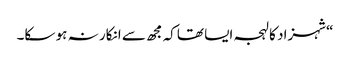
“شہزاد کا لہجہ ایسا تھاکہ مجھ سے انکار نہ ہو سکا۔